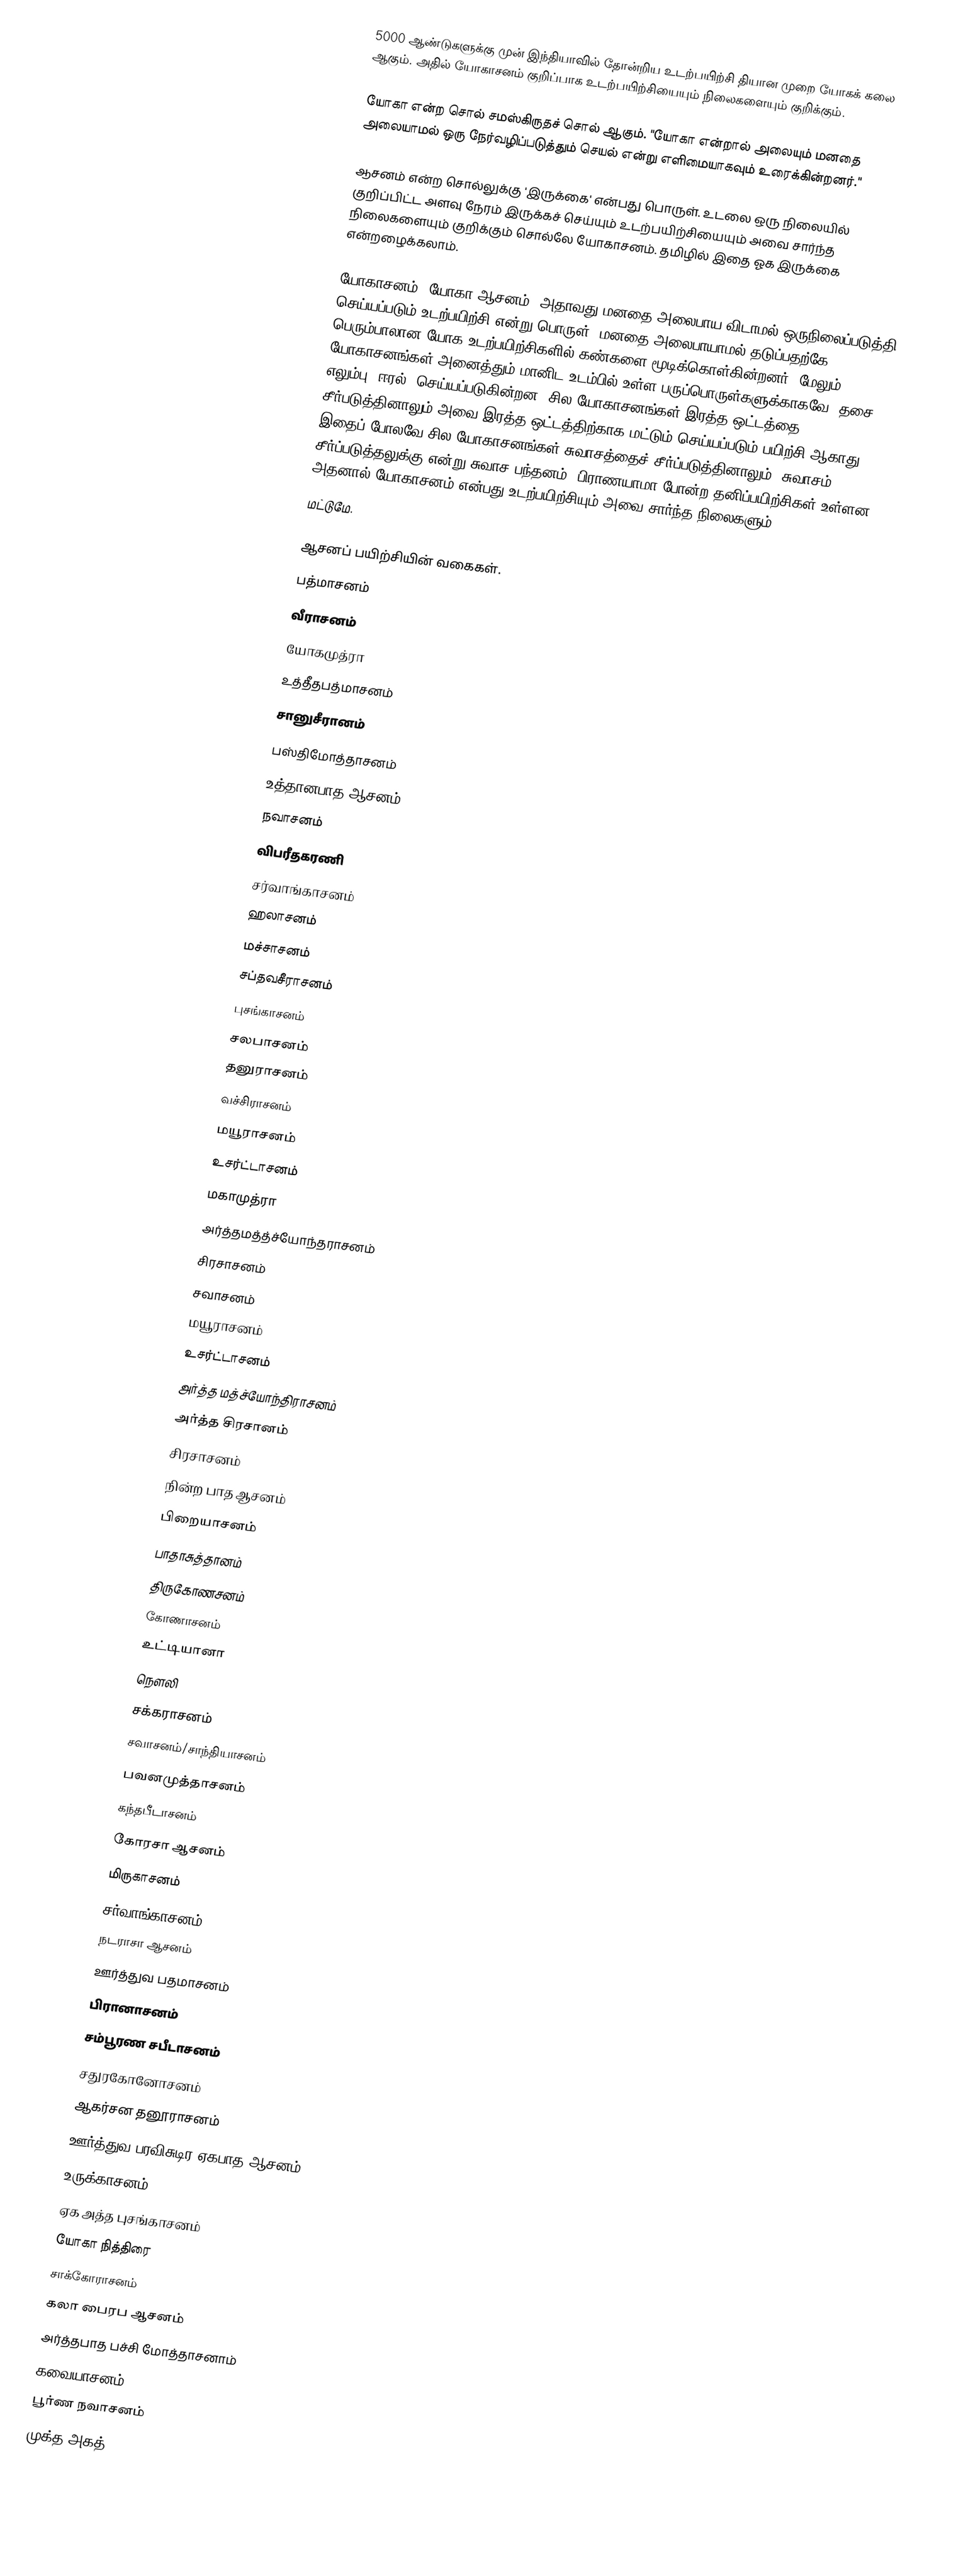
5000 ஆண்டுகளுக்கு முன் இந்தியாவில் தோன்றிய உடற்பயிற்சி தியான முறை யோகக் கலை ஆகும். அதில் யோகாசனம் குறிப்பாக உடற்பயிற்சியையும் நிலைகளையும் குறிக்கும்.

யோகா என்ற சொல் சமஸ்கிருதச் சொல் ஆகும். "யோகா என்றால் அலையும் மனதை அலையாமல் ஒரு நேர்வழிப்படுத்தும் செயல் என்று எளிமையாகவும் உரைக்கின்றனர்."

ஆசனம் என்ற சொல்லுக்கு 'இருக்கை' என்பது பொருள். உடலை ஒரு நிலையில் குறிப்பிட்ட அளவு நேரம் இருக்கச் செய்யும் உடற்பயிற்சியையும் அவை சார்ந்த நிலைகளையும் குறிக்கும் சொல்லே யோகாசனம். தமிழில் இதை ஓக இருக்கை என்றழைக்கலாம்.

யோகாசனம்= யோகா+ஆசனம், அதாவது மனதை அலைபாய விடாமல் ஒருநிலைப்படுத்தி செய்யப்படும் உடற்பயிற்சி என்று பொருள். மனதை அலைபாயாமல் தடுப்பதற்கே பெரும்பாலான யோக உடற்பயிற்சிகளில் கண்களை மூடிக்கொள்கின்றனர். மேலும் யோகாசனங்கள் அனைத்தும் மானிட உடம்பில் உள்ள பருப்பொருள்களுக்காகவே (தசை, எலும்பு, ஈரல்) செய்யப்படுகின்றன. சில யோகாசனங்கள் இரத்த ஒட்டத்தை சீர்படுத்தினாலும் அவை இரத்த ஒட்டத்திற்காக மட்டும் செய்யப்படும் பயிற்சி ஆகாது. இதைப் போலவே சில யோகாசனங்கள் சுவாசத்தைச் சீர்ப்படுத்தினாலும், சுவாசம் சீர்ப்படுத்தலுக்கு என்று சுவாச பந்தனம், பிராணயாமா போன்ற தனிப்பயிற்சிகள் உள்ளன. அதனால் யோகாசனம் என்பது உடற்பயிற்சியும் அவை சார்ந்த நிலைகளும்
மட்டுமே.

ஆசனப் பயிற்சியின் வகைகள்.
 பத்மாசனம்
 வீராசனம்
 யோகமுத்ரா
 உத்தீதபத்மாசனம்
 சானுசீரானம்
 பஸ்திமோத்தாசனம்
 உத்தானபாத ஆசனம்
 நவாசனம்
 விபரீதகரணி
 சர்வாங்காசனம்
 ஹலாசனம்
 மச்சாசனம்
 சப்தவசீராசனம்
 புசங்காசனம்
 சலபாசனம்
 தனுராசனம்
 வச்சிராசனம்
 மயூராசனம்
 உசர்ட்டாசனம்
 மகாமுத்ரா
 அர்த்தமத்த்ச்யோந்தராசனம்
 சிரசாசனம்
 சவாசனம்
 மயூராசனம்
 உசர்ட்டாசனம்
 அர்த்த மத்ச்யோந்திராசனம்
 அர்த்த சிரசானம்
 சிரசாசனம்
 நின்ற பாத ஆசனம்
 பிறையாசனம்
 பாதாசுத்தானம்
 திருகோணசனம்
 கோணாசனம்
 உட்டியானா
 நெளலி
 சக்கராசனம்
 சவாசனம்/சாந்தியாசனம்
 பவனமுத்தாசனம்
 கந்தபீடாசனம்
 கோரசா ஆசனம்
 மிருகாசனம்
 சர்வாங்காசனம்
 நடராசா ஆசனம்
 ஊர்த்துவ பதமாசனம்
 பிரானாசனம்
 சம்பூரண சபீடாசனம்
 சதுரகோனோசனம்
 ஆகர்சன தனூராசனம்
 ஊர்த்துவ பரவிசுடிர ஏகபாத ஆசனம்
 உருக்காசனம்
 ஏக அத்த புசங்காசனம்
 யோகா நித்திரை
 சாக்கோராசனம்
 கலா பைரப ஆசனம்
 அர்த்தபாத பச்சி மோத்தாசனாம்
 கவையாசனம்
 பூர்ண நவாசனம்
 முக்த அகத்